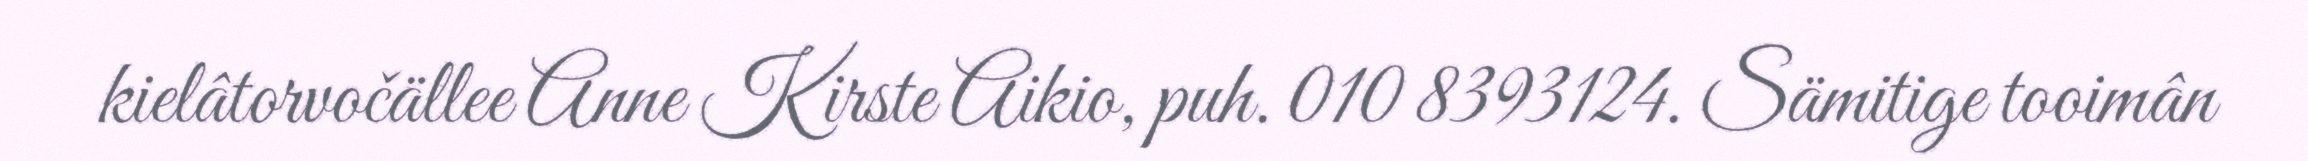
kielâtorvočällee Anne Kirste Aikio, puh. 010 8393124. Sämitige tooimân